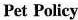
Pet Policy